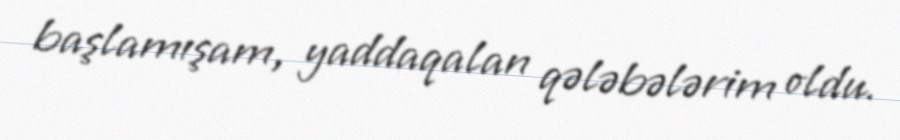
başlamışam, yaddaqalan qələbələrim oldu.